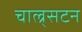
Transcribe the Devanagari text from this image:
चाल्र्सटन